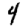
Digit: 4